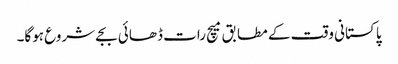
پاکستانی وقت کے مطابق میچ رات ڈھائی بجے شروع ہوگا۔